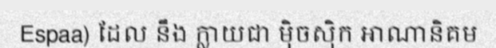
Espaa) ដែល នឹង ក្លាយជា ម៉ិចស៊ិក អាណានិគម